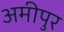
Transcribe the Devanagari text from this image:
अमीपुर